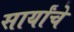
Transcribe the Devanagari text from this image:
सार्यांचे